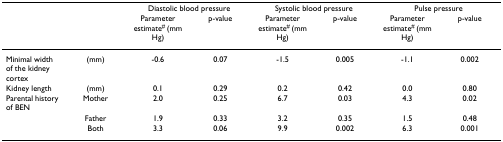
<table><thead><tr><td>[EMPTY_CELL]</td><td>[EMPTY_CELL]</td><td colspan="2"><b>Diastolic blood pressure</b></td><td colspan="2"><b>Systolic blood pressure</b></td><td colspan="2"><b>Pulse pressure</b></td></tr><tr><td>[EMPTY_CELL]</td><td>[EMPTY_CELL]</td><td><b>Parameter estimate<sup># </sup>(mm Hg)</b></td><td><b>p-value</b></td><td><b>Parameter estimate<sup># </sup>(mm Hg)</b></td><td><b>p-value</b></td><td><b>Parameter estimate<sup># </sup>(mm Hg)</b></td><td><b>p-value</b></td></tr></thead><tbody><tr><td>Minimal width of the kidney cortex</td><td>(mm)</td><td>-0.6</td><td>0.07</td><td>-1.5</td><td>0.005</td><td>-1.1</td><td>0.002</td></tr><tr><td>Kidney length</td><td>(mm)</td><td>0.1</td><td>0.29</td><td>0.2</td><td>0.42</td><td>0.0</td><td>0.80</td></tr><tr><td>Parental history of BEN</td><td>Mother</td><td>2.0</td><td>0.25</td><td>6.7</td><td>0.03</td><td>4.3</td><td>0.02</td></tr><tr><td>[EMPTY_CELL]</td><td>Father</td><td>1.9</td><td>0.33</td><td>3.2</td><td>0.35</td><td>1.5</td><td>0.48</td></tr><tr><td>[EMPTY_CELL]</td><td>Both</td><td>3.3</td><td>0.06</td><td>9.9</td><td>0.002</td><td>6.3</td><td>0.001</td></tr></tbody></table>